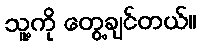
သူ့ကို တွေ့ချင်တယ်။